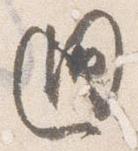
廻